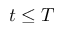
t \leq T